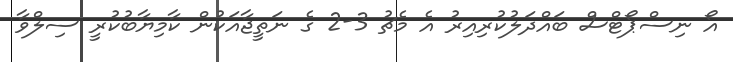
އޯ ނިސްޕޯޓްސް ބައްދަލުކުރިއިރު އެ މެޗު 3-2 ގެ ނަތީޖާއަކުން ކާމިޔާބުކުރީ ސިލްވާ